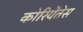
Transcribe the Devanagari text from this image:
कोरियेंतेस